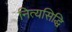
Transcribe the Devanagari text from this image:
नित्यसिद्धि